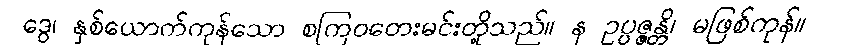
ဒွေ၊ နှစ်ယောက်ကုန်သော စကြဝတေးမင်းတို့သည်။ န ဥပ္ပဇ္ဇန္တိ၊ မဖြစ်ကုန်။